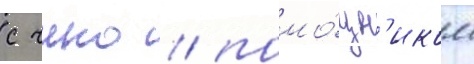
с чино / помо́щн'иком